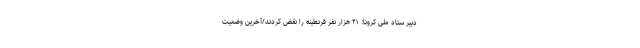
دبیر ستاد ملی کرونا: ۲۱ هزار نفر قرنطینه را نقض کردند/آخرین وضعیت